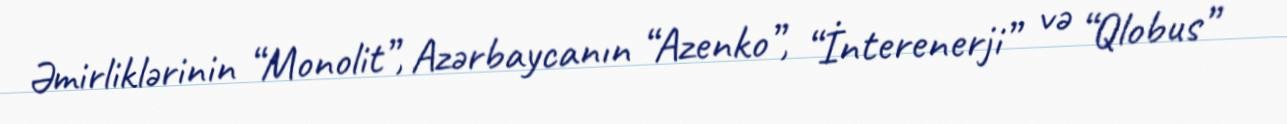
Əmirliklərinin “Monolit”, Azərbaycanın “Azenko”, “İnterenerji” və “Qlobus”